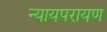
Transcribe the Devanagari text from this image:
न्यायपरायण